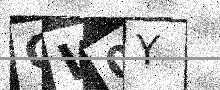
Text: CW0Y